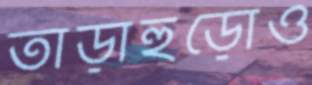
তাড়াহুড়োও